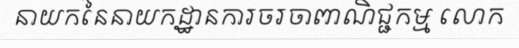
នាយកនៃនាយកដ្ឋានការចរចាពាណិជ្ជកម្ម លោក